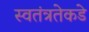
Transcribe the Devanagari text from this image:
स्वतंत्रतेकडे